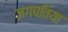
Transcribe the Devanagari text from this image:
जगपतिया